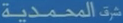
المحمدية شرق